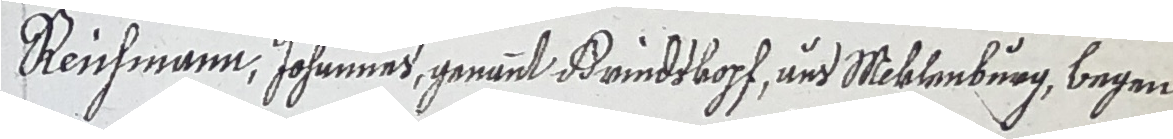
Reichmann, Johnnnet genant Brindtkopf und Mcklenburg begen